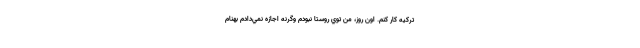
تركيه كار كنم. اون روز، من توي روستا نبودم وگرنه اجازه نمي‌دادم بهنام